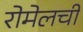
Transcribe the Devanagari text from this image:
रोमेलची